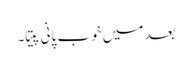
بعد میں خوب پانی پیتا۔